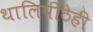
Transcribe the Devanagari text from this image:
थालिपीठेही